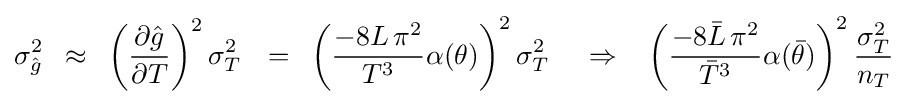
\sigma _{\hat {g}}^{2}\,\,\,\approx \,\,\,\left({{\partial {\hat {g}}} \over {\partial T}}\right)^{2}\sigma _{T}^{2}\,\,\,\,=\,\,\,\left({{{-8L\,\pi ^{2}} \over {T^{3}}}\alpha (\theta )}\right)^{2}\sigma _{T}^{2}\,\,\,\,\,\,\,\Rightarrow \,\,\,\,\,\left({{{-8{\bar {L}}\,\pi ^{2}} \over {{\bar {T}}^{3}}}\alpha ({\bar {\theta }})}\right)^{2}{{\sigma _{T}^{2}} \over {n_{T}}}